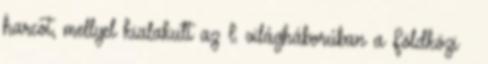
harcot, mellyel kialakult az I. világháborúban a Földközi –